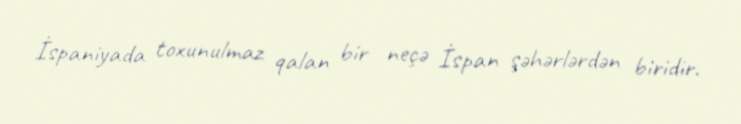
İspaniyada toxunulmaz qalan bir neçə İspan şəhərlərdən biridir.